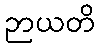
ဉာယတိ